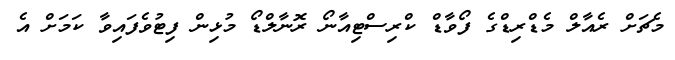
މެޗަށް ރެއާލް މެޑްރިޑްގެ ފޯވާޑް ކްރިސްޓިއާނޯ ރޮނާލްޑޯ މުޅިން ފިޓުވެފައިވާ ކަމަށް އެ